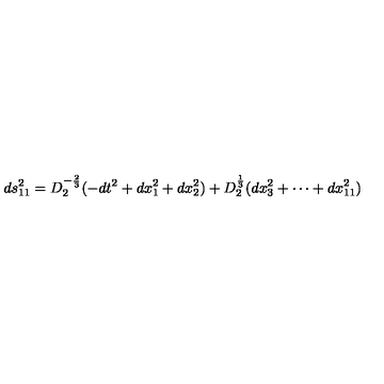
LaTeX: d s _ { 1 1 } ^ { 2 } = D _ { 2 } ^ { - { \frac { 2 } { 3 } } } ( - d t ^ { 2 } + d x _ { 1 } ^ { 2 } + d x _ { 2 } ^ { 2 } ) + D _ { 2 } ^ { \frac { 1 } { 3 } } ( d x _ { 3 } ^ { 2 } + \cdots + d x _ { 1 1 } ^ { 2 } )